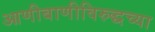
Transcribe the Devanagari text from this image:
आणीबाणीविरुद्धच्या